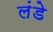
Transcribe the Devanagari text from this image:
लंडे